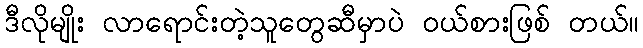
ဒီလိုမျိုး လာရောင်းတဲ့သူတွေဆီမှာပဲ ဝယ်စားဖြစ် တယ်။